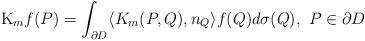
LaTeX: \begin{align*}\mathrm{K}_{m}f(P)=\int_{\partial D}\langle K_{m}(P, Q), n_{Q}\rangle f(Q)d\sigma(Q),\,\,P\in\partial D\end{align*}